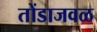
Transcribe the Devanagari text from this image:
तोंडाजवळ